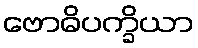
ဗောဓိပက္ခိယာ